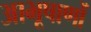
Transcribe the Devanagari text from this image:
आभूषाणों